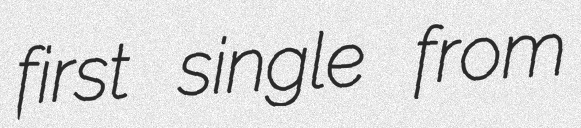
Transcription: first single from